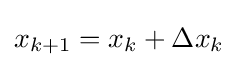
x_{k+1}=x_{k}+\Delta x_{k}